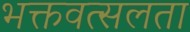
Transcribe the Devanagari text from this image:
भक्तवत्सलता